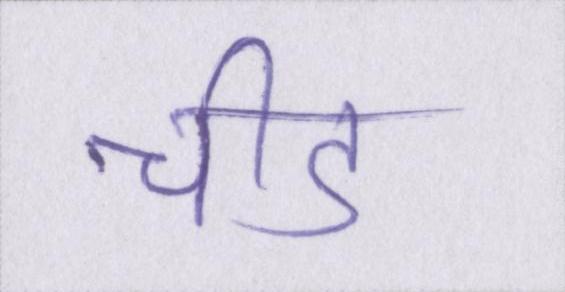
चीड